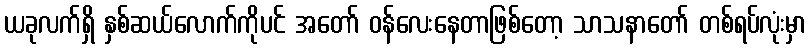
ယခုလက်ရှိ နှစ်ဆယ်လောက်ကိုပင် အတော် ဝန်လေးနေတာဖြစ်တော့ သာသနာတော် တစ်ရပ်လုံးမှာ